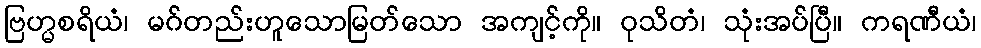
ဗြဟ္မစရိယံ၊ မဂ်တည်းဟူသောမြတ်သော အကျင့်ကို။ ဝုသိတံ၊ သုံးအပ်ပြီ။ ကရဏီယံ၊